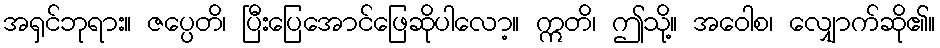
အရှင်ဘုရား။ ဇပ္ပေတိ၊ ပြီးပြေအောင်ဖြေဆိုပါလော့။ ဣတိ၊ ဤသို့။ အဝေါစ၊ လျှောက်ဆို၏။